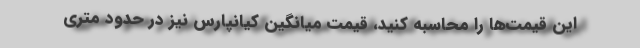
این قیمت‌ها را محاسبه کنید، قیمت میانگین کیانپارس نیز در حدود متری